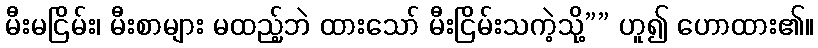
မီးမငြိမ်း၊ မီးစာများ မထည့်ဘဲ ထားသော် မီးငြိမ်းသကဲ့သို့”” ဟူ၍ ဟောထား၏။